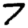
Digit: 7